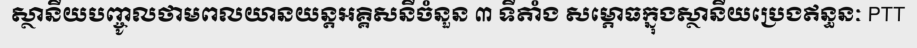
ស្ថានីយបញ្ចូលថាមពលយានយន្តអគ្គិសនីចំនួន ៣ ទីតាំង សម្ភោធក្នុងស្ថានីយប្រេងឥន្ធនៈ PTT